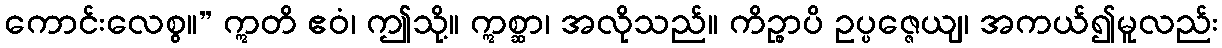
ကောင်းလေစွ။” ဣတိ ဧဝံ၊ ဤသို့။ ဣစ္ဆာ၊ အလိုသည်။ ကိဉ္စာပိ ဥပ္ပဇ္ဇေယျ၊ အကယ်၍မူလည်း